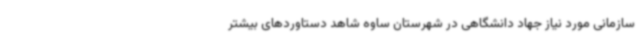
سازمانی مورد نیاز جهاد دانشگاهی در شهرستان ساوه شاهد دستاوردهای بیشتر